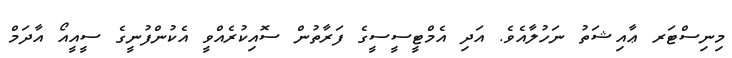
މިނިސްޓަރ ޢާއިޝަތު ނަހުލާއެވެ. އަދި އެމްޓީސީސީގެ ފަރާތުން ސޮއިކުރެއްވީ އެކުންފުނީގެ ސީއީއޯ އާދަމް